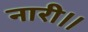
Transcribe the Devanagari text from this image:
नारी।।